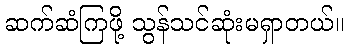
ဆက်ဆံကြဖို့ သွန်သင်ဆုံးမရှာတယ်။